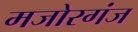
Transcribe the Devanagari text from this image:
मजोरगंज